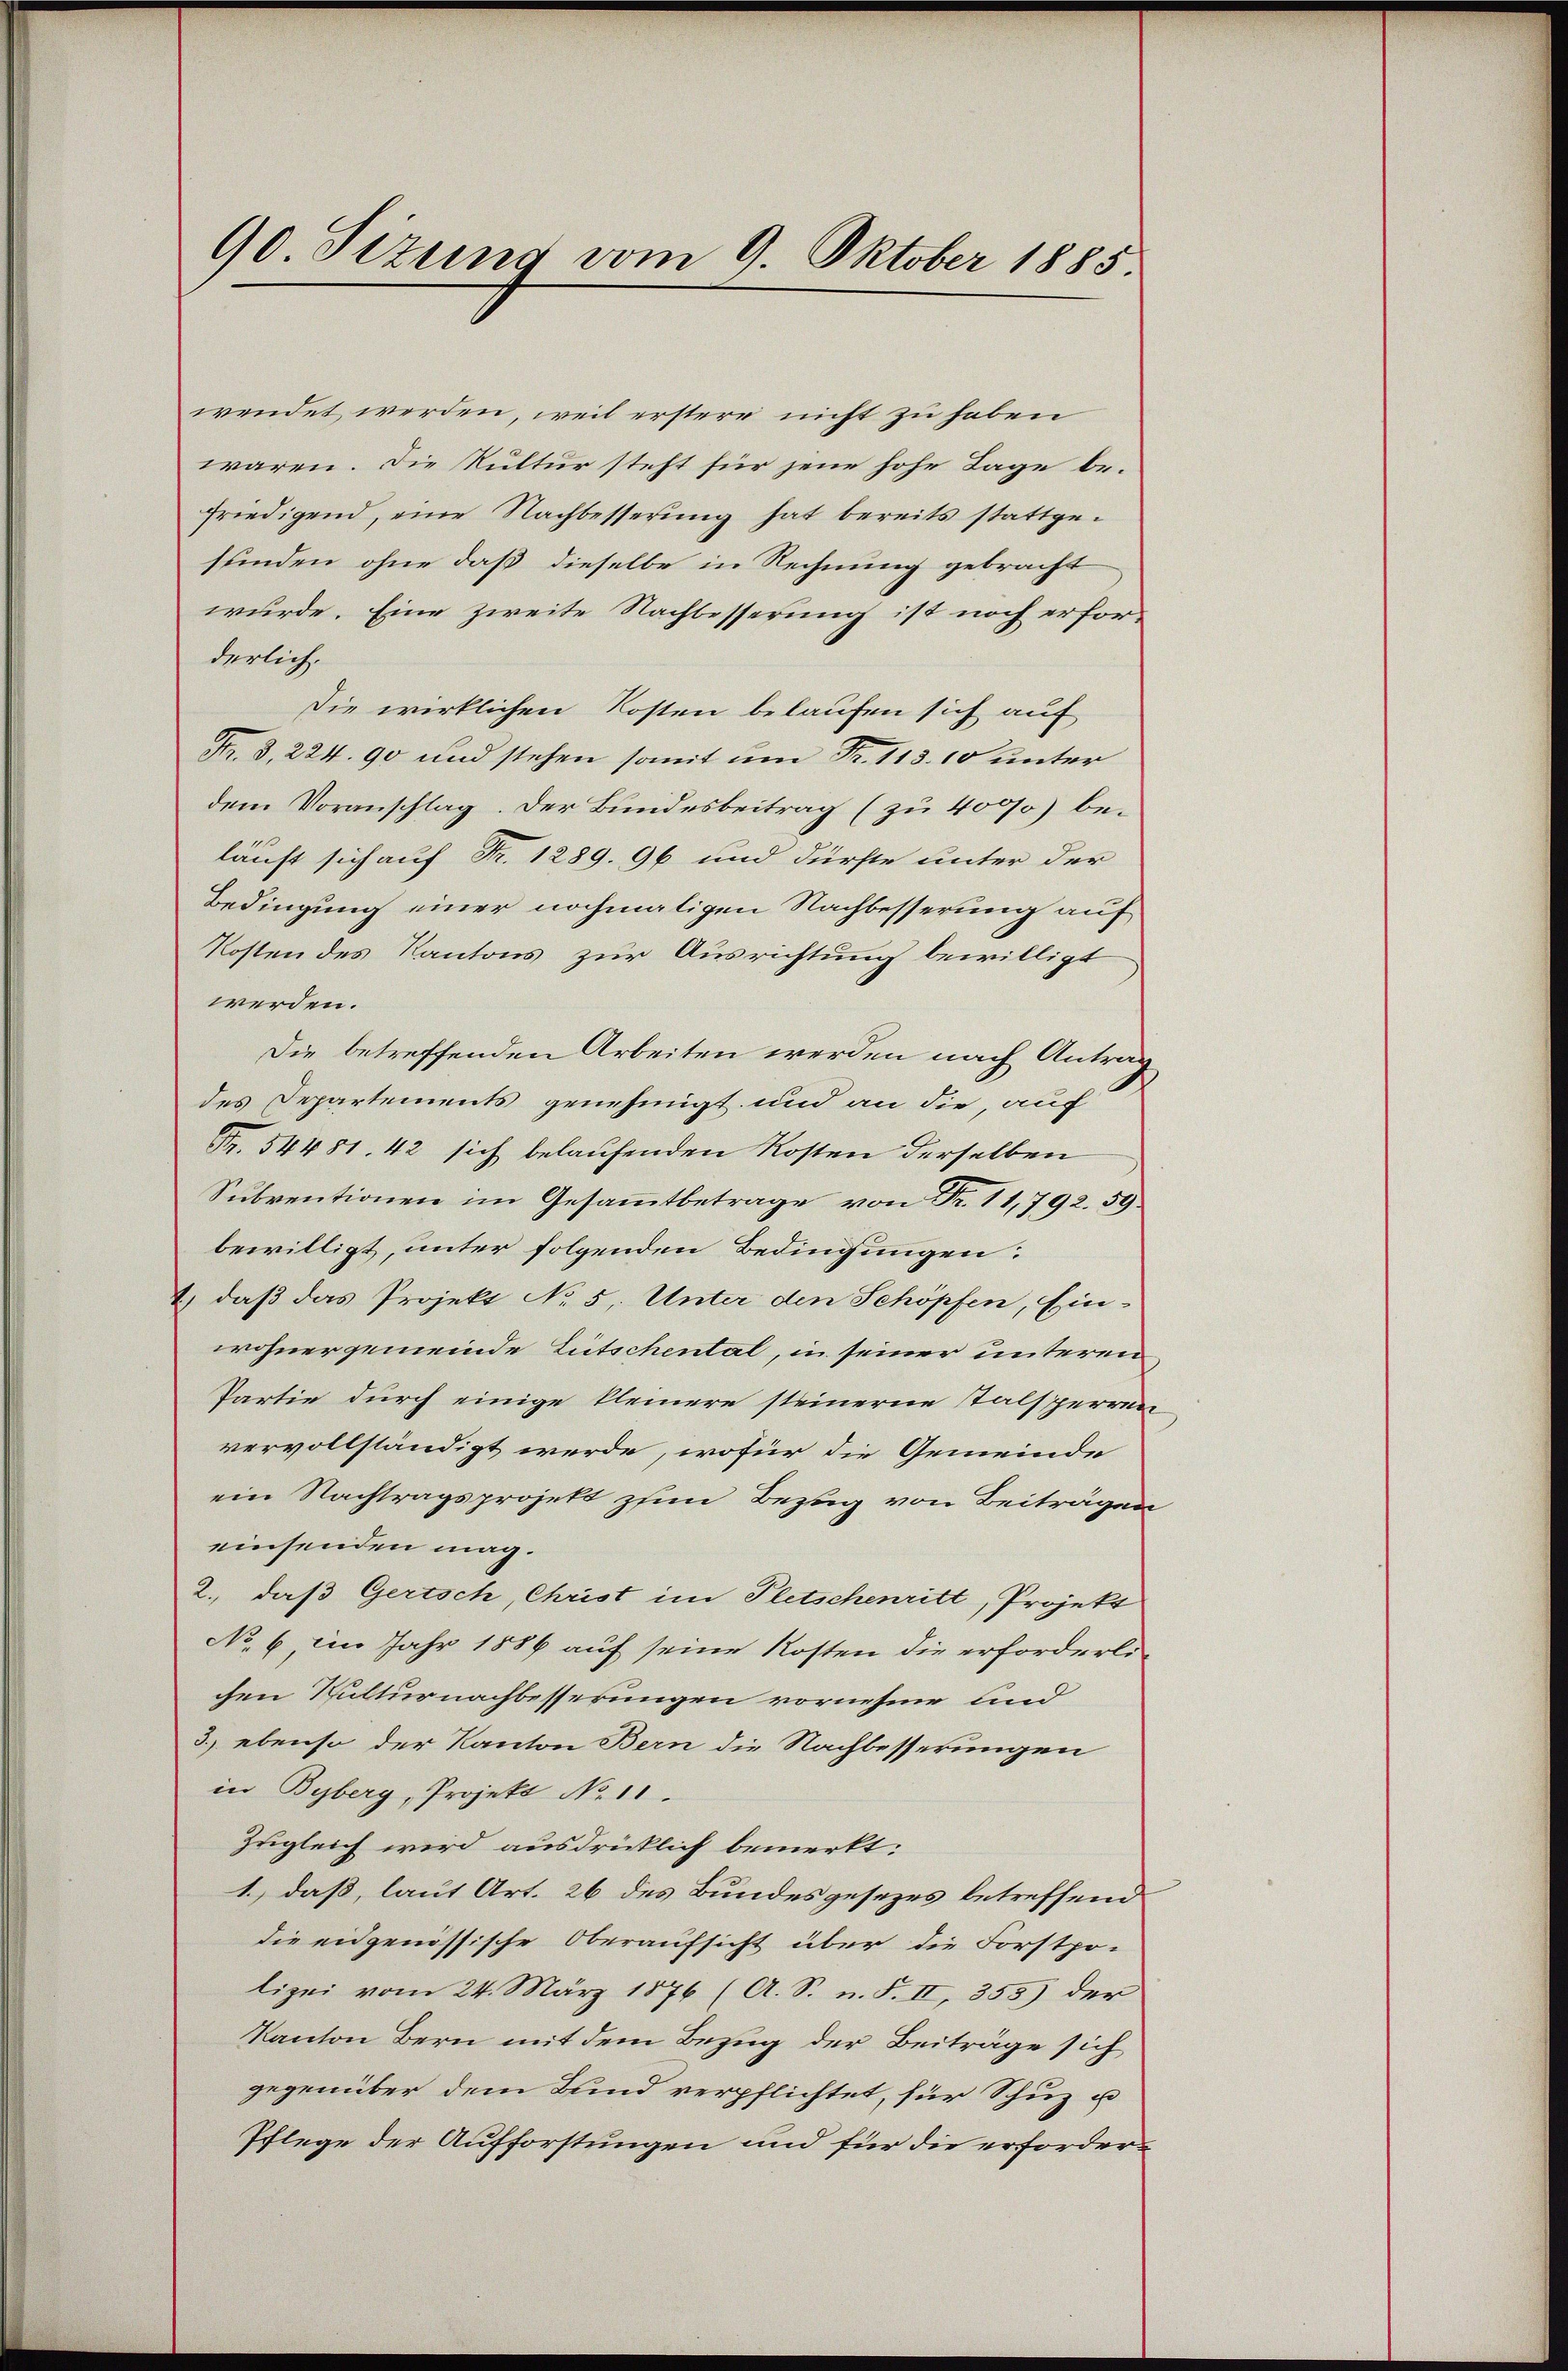
90. Sizung vom 9. Oktober 1885.

wendet werden, weil erstere nicht zu haben
waren. Die Kultur steht für jene hohe Lage befriedigend, eine Nachbesserung hat bereits stattgefunden ohne daß dieselbe in Rechnung gebracht
wurde. Eine zweite Nachbesserung ist noch erforderlich.
Die wirklichen Kosten belaufen sich auf
Nr. 3, 224. 90 und stehen somit um Fr. 113. 10 unter
dem Voranschlag. Der Bundesbeitrag (zu 4000 beläuft sich auf Fr. 1289. 96 und dürfte unter der
Bedingung einer nochmaligen Nachbesserung auf
Kosten des Kantons zur Ausrichtung bewilligt
werden.
Die betreffenden Arbeiten werden nach Antrag
des Departements genehmigt und an die, auf
Fr. 54481. 42 sich belaufenden Kosten derselben
Subventionen im Gesammtbetrage von Fr. 11,792. 59
bewilligt, unter folgenden Bedingungen:
1.) daß das Projekt No 5. Unter den Schöpfen, Ein-
wohnergemeinde Litschental, in seiner unteren
Partie durch einige kleinere steinerne Talsperren
vervollständigt werde, wofür die Gemeinde
ein Nachtragsprojekt zum Bezug von Beiträgen
einsenden mag.
2., daß Gertsch, Christ im Pletschenritt, Projekt
No 6 im Jahr 1886 auf seine Kosten die erforderlichen Kulturnachbesserungen vornehme und
3.) ebenso der Kanton Bern die Nachbesserungen
in Byberg, Projekt No. 11.
Zugleich wird ausdrücklich bemerkt:
1.) daß, laut Art. 26 des Bundesgesezes betreffend
die eidgenössische Oberaufsicht über die Forstpo-
lizei vom 24. März 1876 (A. S. n. F. II, 355) der
Kanton Bern mit dem Bezug der Beiträge sich
gegenüber dem Bund verpflichtet, für Schuz u
Pflege der Aufforstungen und für die erforder¬